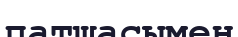
патшасымен